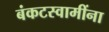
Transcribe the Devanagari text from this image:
बंकटस्वामींना